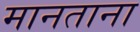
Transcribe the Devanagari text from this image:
मानताना